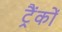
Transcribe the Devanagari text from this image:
ट्रैंकों